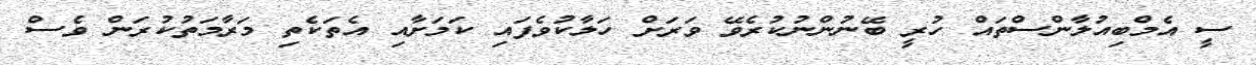
ސީ އެމްބިއުލާންސްތައް ހުރީ ބޭނުންނުކުރެވޭ ވަރަށް ހަލާކުވެފައި ކަމަށާއި އެތަކެތި މަރާމަތުކުރަން ވެސް